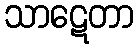
သာဋေတာ